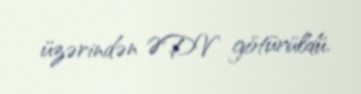
üzərindən ƏDV götürüldü.